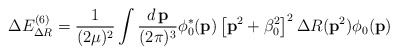
\begin{align*}\Delta E^{(6)}_{\Delta R}=\frac 1{(2\mu )^2}\int\frac {d\,{\bf p}}{(2\pi )^3}\phi^{*}_0({\bf p})\left[{\bf p}^2+\beta_0^2\right]^2\Delta R({\bf p}^2)\phi_0({\bf p})\end{align*}